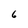
Character: 6